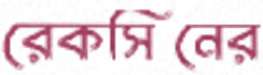
রেকসিনের